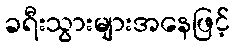
ခရီးသွားများအနေဖြင့်